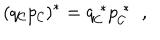
( q _ { \cal C } p _ { \cal C } ) ^ { * } = q _ { \cal C } ^ { \; * } p _ { \cal C } ^ { \; * } \; \; ,